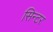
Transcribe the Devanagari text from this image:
सिन्टर